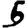
Digit: 5